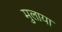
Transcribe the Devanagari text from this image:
मुलाया